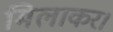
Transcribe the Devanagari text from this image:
मिलाकर।